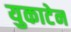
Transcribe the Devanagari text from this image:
युकाटेन